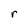
Character: r